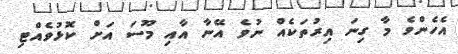
އެހެންވެ މާ ގިނަ އިރުތަކެއް ނުވެ އޭނާ އާއި މޫސަ އަށް ކޮޅުވެއްޓި